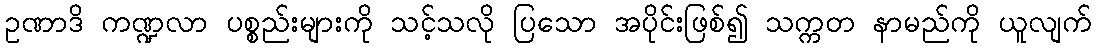
ဥဏာဒိ ကဏ္ဍလာ ပစ္စည်းများကို သင့်သလို ပြသော အပိုင်းဖြစ်၍ သက္ကတ နာမည်ကို ယူလျက်